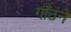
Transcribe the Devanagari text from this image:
गाँठने